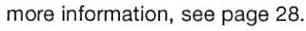
more information, see page 28.